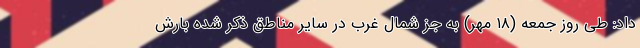
داد: طی روز جمعه (۱۸ مهر) به جز شمال غرب در سایر مناطق ذکر شده بارش